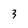
Character: 3